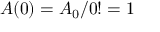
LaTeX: A ( 0 ) = A _ { 0 } / 0 ! = 1